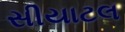
સીયાટલ